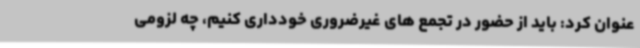
عنوان کرد: باید از حضور در تجمع های غیرضروری خودداری کنیم، چه لزومی